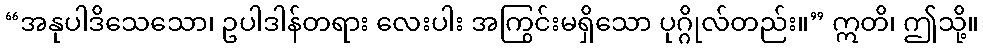
“အနုပါဒိသေသော၊ ဥပါဒါန်တရား လေးပါး အကြွင်းမရှိသော ပုဂ္ဂိုလ်တည်း။” ဣတိ၊ ဤသို့။